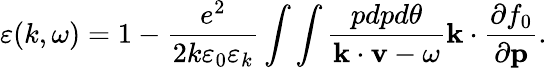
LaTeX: \varepsilon(k,\omega)=1-\frac{e^{2}}{2k\varepsilon_{0}\varepsilon_{k}}\int\int\frac{pdpd\theta}{{\mathbf k}\cdot{\mathbf v}-\omega}{\mathbf k}\cdot\frac{\partial f_{0}}{\partial\mathbf p}.